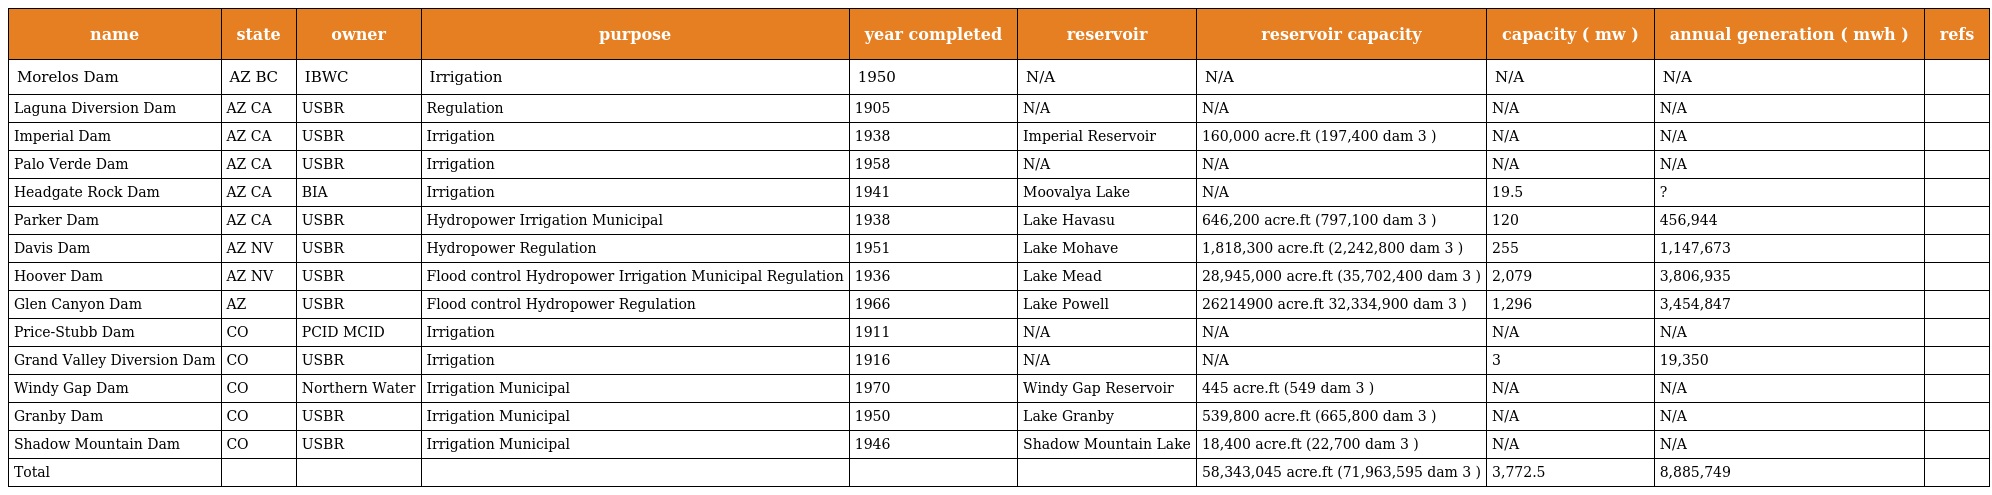
| name | state | owner | purpose | year completed | reservoir | reservoir capacity | capacity ( mw ) | annual generation ( mwh ) | refs |
 | --- | --- | --- | --- | --- | --- | --- | --- | --- | --- |
 | Morelos Dam | AZ BC | IBWC | Irrigation | 1950 | N/A | N/A | N/A | N/A |  |
 | Laguna Diversion Dam | AZ CA | USBR | Regulation | 1905 | N/A | N/A | N/A | N/A |  |
 | Imperial Dam | AZ CA | USBR | Irrigation | 1938 | Imperial Reservoir | 160,000 acre.ft (197,400 dam 3 ) | N/A | N/A |  |
 | Palo Verde Dam | AZ CA | USBR | Irrigation | 1958 | N/A | N/A | N/A | N/A |  |
 | Headgate Rock Dam | AZ CA | BIA | Irrigation | 1941 | Moovalya Lake | N/A | 19.5 | ? |  |
 | Parker Dam | AZ CA | USBR | Hydropower Irrigation Municipal | 1938 | Lake Havasu | 646,200 acre.ft (797,100 dam 3 ) | 120 | 456,944 |  |
 | Davis Dam | AZ NV | USBR | Hydropower Regulation | 1951 | Lake Mohave | 1,818,300 acre.ft (2,242,800 dam 3 ) | 255 | 1,147,673 |  |
 | Hoover Dam | AZ NV | USBR | Flood control Hydropower Irrigation Municipal Regulation | 1936 | Lake Mead | 28,945,000 acre.ft (35,702,400 dam 3 ) | 2,079 | 3,806,935 |  |
 | Glen Canyon Dam | AZ | USBR | Flood control Hydropower Regulation | 1966 | Lake Powell | 26214900 acre.ft 32,334,900 dam 3 ) | 1,296 | 3,454,847 |  |
 | Price-Stubb Dam | CO | PCID MCID | Irrigation | 1911 | N/A | N/A | N/A | N/A |  |
 | Grand Valley Diversion Dam | CO | USBR | Irrigation | 1916 | N/A | N/A | 3 | 19,350 |  |
 | Windy Gap Dam | CO | Northern Water | Irrigation Municipal | 1970 | Windy Gap Reservoir | 445 acre.ft (549 dam 3 ) | N/A | N/A |  |
 | Granby Dam | CO | USBR | Irrigation Municipal | 1950 | Lake Granby | 539,800 acre.ft (665,800 dam 3 ) | N/A | N/A |  |
 | Shadow Mountain Dam | CO | USBR | Irrigation Municipal | 1946 | Shadow Mountain Lake | 18,400 acre.ft (22,700 dam 3 ) | N/A | N/A |  |
 | Total |  |  |  |  |  | 58,343,045 acre.ft (71,963,595 dam 3 ) | 3,772.5 | 8,885,749 |  |